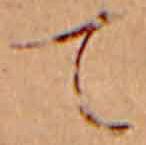
て